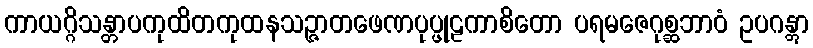
ကာယဂ္ဂိသန္တာပကုထိတကုထနသဉ္ဇာတဖေဏပုပ္ဖုဠကာစိတော ပရမဇေဂုစ္ဆဘာဝံ ဥပဂန္တွာ